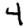
Digit: 4